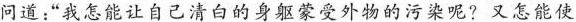
问道：“我怎能让自己清白的身躯蒙受外物的污染呢?又怎能使